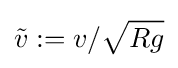
{\tilde {v}}:=v/{\sqrt {Rg}}